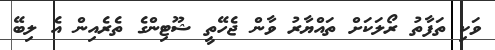
ވަކި ތަފާތު ރޯލަކަށް ތައްޔާރު ވާން ޖެހޭތީ ޝޫޓިންގެ ތެރެއިން އެ ލިބޭ